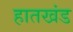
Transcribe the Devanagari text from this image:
हातखंड